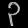
Digit: ၃